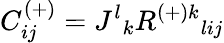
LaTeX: C_{ij}^{(+)}=J^{l}{}_{k}R^{{(+)}k}{}_{lij}